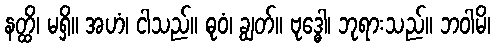
နတ္ထိ၊ မရှိ။ အဟံ၊ ငါသည်။ ဓုဝံ၊ ချွတ်။ ဗုဒ္ဓေါ၊ ဘုရားသည်။ ဘဝါမိ၊